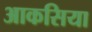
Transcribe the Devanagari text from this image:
आकसिया